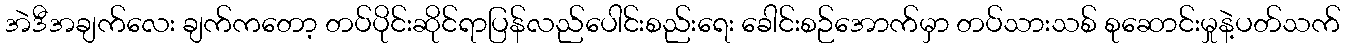
အဲဒီအချက်လေး ချက်ကတော့ တပ်ပိုင်းဆိုင်ရာပြန်လည်ပေါင်းစည်းရေး ခေါင်းစဉ်အောက်မှာ တပ်သားသစ် စုဆောင်းမှုနဲ့ပတ်သက်